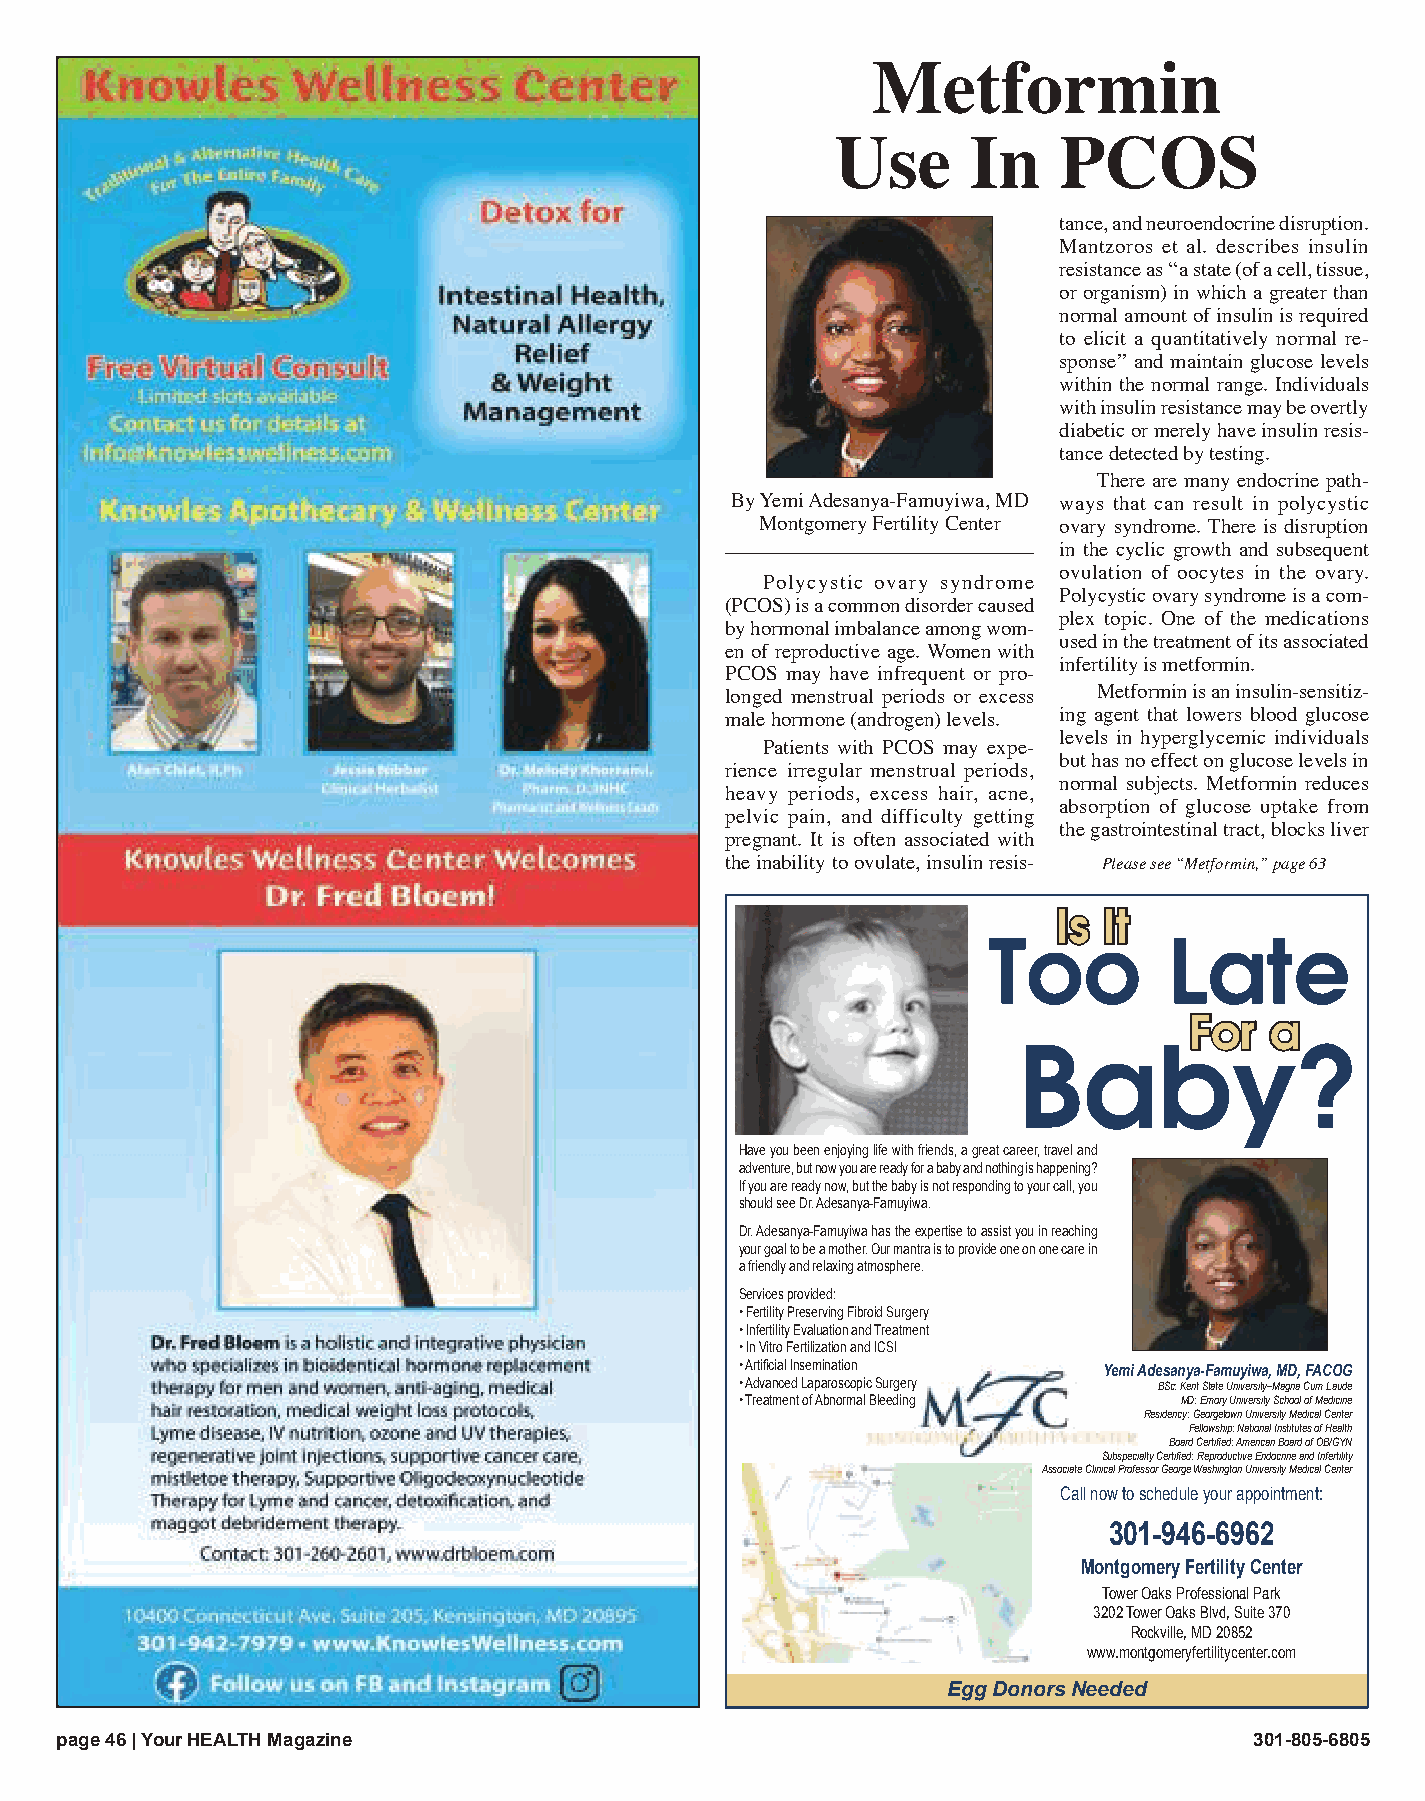
Metformin
 Use      In    PCOS
 tance, and neuroendocrine disruption.
 Mantzoros et al. describes insulin
 resistance as ‘‘a state (of a cell, tissue,
 or organism) in which a greater than
 normal amount of insulin is required
 to elicit a quantitatively normal re-
 sponse’’ and maintain glucose levels
 within the normal range. Individuals
 with insulin resistance may be overtly
 diabetic or merely have insulin resis-
 tance detected by testing.
 There are many endocrine path-
 By Yemi Adesanya-Famuyiwa, MD ways that can result in polycystic
 Montgomery Fertility Center ovary syndrome. There is disruption
 in the cyclic growth and subsequent
 ovulation of oocytes in the ovary.
 Polycystic ovary syndrome
 Polycystic ovary syndrome is a com-
 (PCOS) is a common disorder caused
 plex topic. One of the medications
 by hormonal imbalance among wom-
 used in the treatment of its associated
 en of reproductive age. Women with
 infertility is metformin.
 PCOS may have infrequent or pro-
 longed menstrual periods or excess Metformin is an insulin-sensitiz-
 male hormone (androgen) levels. ing agent that lowers blood glucose
 levels in hyperglycemic individuals
 Patients with PCOS may expe-
 but has no effect on glucose levels in
 rience irregular menstrual periods,
 normal subjects. Metformin reduces
 heavy periods, excess hair, acne,
 absorption of glucose uptake from
 pelvic pain, and difficulty getting
 the gastrointestinal tract, blocks liver
 pregnant. It is often associated with
 the inability to ovulate, insulin resis- Please see “Metformin,” page 63
 Is It
 Too         Late
 For  a
 Baby?
 Have you been enjoying life with friends, a great career, travel and
 adventure, but now you are ready for a baby and nothing is happening?
 If you are ready now, but the baby is not responding to your call, you
 should see Dr. Adesanya-Famuyiwa.
 Dr. Adesanya-Famuyiwa has the expertise to assist you in reaching
 your goal to be a mother. Our mantra is to provide one on one care in
 a friendly and relaxing atmosphere.
 Services provided:
 • Fertility Preserving Fibroid Surgery
 • Infertility Evaluation and Treatment
 • In Vitro Fertilization and ICSI
 • Artificial Insemination yemi Adesanya-Famuyiwa, MD, FACOG
 • Advanced Laparoscopic Surgery BSc: Kent State University–Magna Cum Laude
 • Treatment of Abnormal Bleeding MD: Emory University School of Medicine
 Residency: Georgetown University Medical Center
 Fellowship: National Institutes of Health
 Board Certified: American Board of OB/GYN
 Subspecialty Certified: Reproductive Endocrine and Infertility
 Associate Clinical Professor George Washington University Medical Center
 Call now to schedule your appointment:
 301-946-6962
 Montgomery Fertility Center
 Tower Oaks Professional Park
 3202 Tower Oaks Blvd, Suite 370
 Rockville, MD 20852
 www.montgomeryfertilitycenter.com
 Egg Donors Needed
 ppaaggee 4466 || YYoouurr HHEEAALLTTHH MMaaggaazziinnee                        330011--880055--66880055